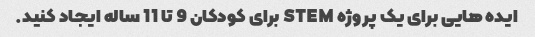
ایده هایی برای یک پروژه STEM برای کودکان 9 تا 11 ساله ایجاد کنید.